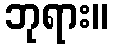
ဘုရား။